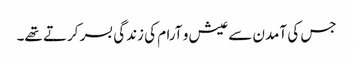
جس کی آمدن سے عیش و آرام کی زندگی بسر کرتے تھے۔